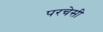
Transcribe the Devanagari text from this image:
परचेसी